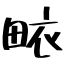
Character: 畩